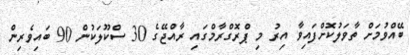
ބޭއްވުމަށް ތާވަލުކޮށްފައިވާ އިރު މި ޕްރޮގްރާމްގައި ރާއްޖޭގެ 30 ސްކޫލަކުން 90 ބައިވެރިން